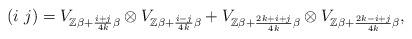
LaTeX: \begin{align*}\left(i\ j\right)=V_{\mathbb{Z}\beta+\frac{i+j}{4k}\beta}\otimes V_{\mathbb{Z}\beta+\frac{i-j}{4k}\beta}+V_{\mathbb{Z}\beta+\frac{2k+i+j}{4k}\beta}\otimes V_{\mathbb{Z}\beta+\frac{2k-i+j}{4k}\beta},\end{align*}